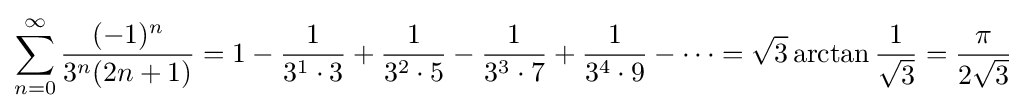
\sum _{n=0}^{\infty }{\frac {(-1)^{n}}{3^{n}(2n+1)}}=1-{\frac {1}{3^{1}\cdot 3}}+{\frac {1}{3^{2}\cdot 5}}-{\frac {1}{3^{3}\cdot 7}}+{\frac {1}{3^{4}\cdot 9}}-\cdots ={\sqrt {3}}\arctan {\frac {1}{\sqrt {3}}}={\frac {\pi }{2{\sqrt {3}}}}